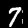
Digit: 7